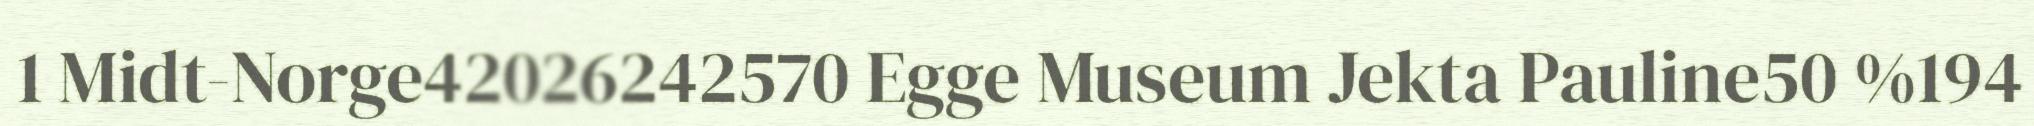
1 Midt-Norge42026242570 Egge Museum Jekta Pauline50 %194